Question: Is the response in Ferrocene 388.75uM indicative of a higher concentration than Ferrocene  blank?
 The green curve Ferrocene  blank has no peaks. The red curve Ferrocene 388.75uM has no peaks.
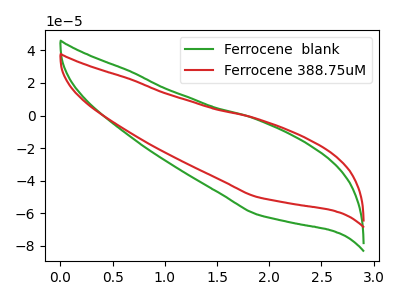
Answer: <think>Neither "Ferrocene 388.75uM" or "Ferrocene  blank" have any peaks.
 </think>
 <answer>I cant tell if "Ferrocene 388.75uM" or "Ferrocene  blank" has more signal.</answer>
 <eval>mixed_signal</eval>